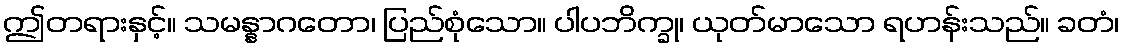
ဤတရားနှင့်။ သမန္နာဂတော၊ ပြည်စုံသော။ ပါပဘိက္ခု၊ ယုတ်မာသော ရဟန်းသည်။ ခတံ၊